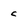
Character: c